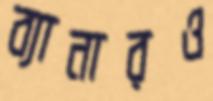
ব্যানারও